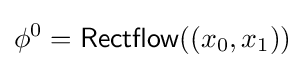
\phi ^{0}={\mathsf {Rectflow}}((x_{0},x_{1}))